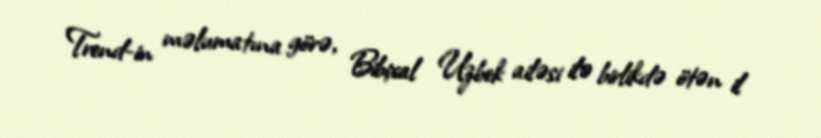
Trend-in məlumatına görə, Bibixal Uzbek ailəsi ilə birlikdə ötən il